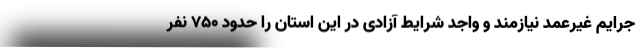
جرایم غیرعمد نیازمند و واجد شرایط آزادی در این استان را حدود ۷۵۰ نفر